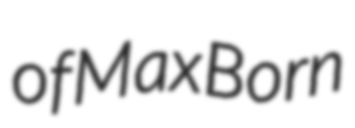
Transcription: of Max Born